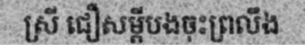
ស្រី ជឿសម្តីបងចុះព្រលឹង